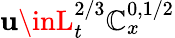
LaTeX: \mathbf{u}\inL_{t}^{2/3}\mathbb{C}_{x}^{0,1/2}